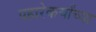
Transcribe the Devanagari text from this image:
पहारेकर्यांच्या